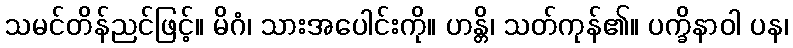
သမင်တိန်ညင်ဖြင့်။ မိဂံ၊ သားအပေါင်းကို။ ဟန္တိ၊ သတ်ကုန်၏။ ပက္ခိနာဝါ ပန၊